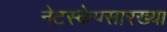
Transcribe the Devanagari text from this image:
नेटस्केपसारख्या